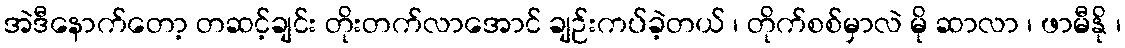
အဲဒီနောက်တော့ တဆင့်ချင်း တိုးတက်လာအောင် ချဉ်းကပ်ခဲ့တယ် ၊ တိုက်စစ်မှာလဲ မို ဆာလာ ၊ ဖာမီနို ၊